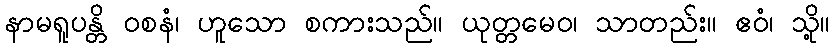
နာမရူပန္တိ ဝစနံ၊ ဟူသော စကားသည်။ ယုတ္တမေဝ၊ သာတည်း။ ဧဝံ၊ သို့။